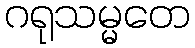
ဂရုသမ္မတေ